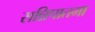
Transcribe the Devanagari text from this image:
सन्निपातमा